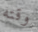
وقته